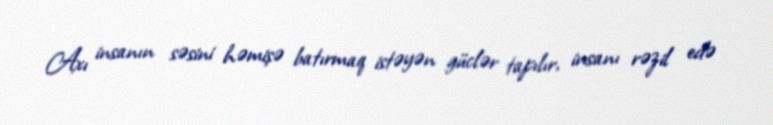
Axı insanın səsini həmişə batırmaq istəyən güclər tapılır, insanı rəzil edə